Report on sanitation, dispensaries, and jails in Rajputana for 1918, and on vaccination for the year 1918-1919 - 1918-1919
Year: 1918
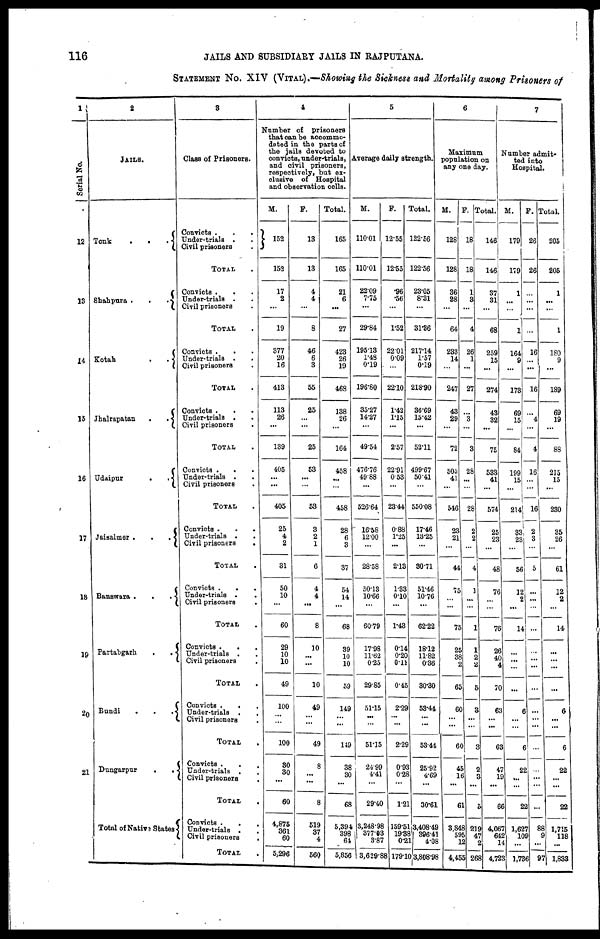
116
JAILS AND SUBSIDIARY JAILS IN RAJPUTANA.
STATEMENT No. XIV (VITAL).—Showing the Sickness and Mortality among Prisoners of
1
Serial No.
12
13
14
15
16
17
18
19
20
21
2
JAILS.
Tonk
.
.
.
Shahpura .
.
.
Kotah
.
.
Jhalrapatan
.
.
Udaipur
.
.
Jaisalmer .
.
.
Banswara .
.
.
Partabgarh
.
. .
Bundi
.
.
.
Dungarpur
.
.
Total of Native States
3
Class of Prisoners.
Convicts .
.
.
Under-trials . .
Civil prisoners .
TOTAL .
Convicts . . .
Under-trials . .
Ciyil prisoners .
TOTAL .
Convicts .
. .
Under-trials .
.
Civil prisoners .
TOTAL .
Convicts .
. .
Under-trials . .
Civil prisoners .
TOTAL .
Convicts . . .
Under-trials . .
Civil prisoners .
TOTAL .
Convicts . . .
Under-trials .
.
Civil prisoners
.
TOTAL .
Convicts .
.
.
Under-trials . .
Civil prisoners
.
TOTAL .
Convicts .
.
.
Under-trials . .
Civil prisoners .
TOTAL .
Convicts .
. .
Under-trials .
.
Civil prisoners .
TOTAL .
Convicts .
. .
Under-trials . .
Civil prisoners
.
TOTAL .
Convicts .
.
.
Under-trials . .
Civil prisoners
.
TOTAL
.
4
Number of prisoners
that can be accommo-
dated in the parts of
the jails devoted to
convicts, under-trials,
and civil prisoners,
respectively, but ex-
clusive of Hospital
and observation cells.
M.
152
152
17
2
...
19
377
20
16
413
113
26
...
139
405
...
...
405
25
4
2
31
50
10
...
60
29
10
10
49
100
... ...
100
30
30
...
60
4,875
361
60
5,296
F.
13
13
4
4
...
8
46
6
3
55
25
...
...
25
53
...
...
53
3
2
1
6
4
4
...
8
10
...
...
10
49
... ...
49
8
...
...
8
519
37
4
560
Total.
165
165
21
6
...
27
423
26
19
468
138
26
...
164
458
...
...
458
28
6
3
37
54
14
...
68
39
10
10
59
149
...
...
149
38
30
...
68
5,394
398
64
5,856
5
Average daily strength.
M.
110.01
110.01
22.09
7.75
...
29.84
195.13
1.48
0.19
196.80
35.27
14.27
...
49.54
476.76
49.88
...
526.64
16.58
12.00
...
28.58
50.13
10.66
...
60.79
17.98
11.62
0.25
29.85
51.15
...
...
51.15
24.99
4.41
...
29.40
3,248.98
377.03
3.87
3,629.88
F.
12.55
12.55
.96
.56
...
1.52
22.01
0.09
...
22.10
1.42
1.15
...
2.57
22.91
0.53
...
23.44
0.88
1.25
...
2.13
1.33
0.10
...
1.43
0.14
0.20
0.11
0.45
2.29
... ...
2.29
0.93
0.28
...
1.21
159.51
19.38
0.21
179.10
Total.
122.56
122.56
23.05
8.31
...
31.36
217.14
1.57
0.19
218.90
36.69
15.42
...
52.11
499.67
50.41
...
550.08
17.46
13.25
...
30.71
51.46
10.76
...
62.22
18.12
11.82
0.36
30.30
53.41
... ...
53.44
25.92
4.69
...
30.61
3,408.49
396.41
4.08
3,808.98
6
Maximum
population on
any one day.
M.
128
128
36
28
...
64
233
14
...
247
43
29
...
72
505
41
...
546
23
21
...
44
75
...
...
75
25
38
2
65
60
... ...
60
45
16
...
61
3,848
595
12
4,455
F.
18
18
1
3
...
4
26
1
...
27
...
3
...
3
28
...
...
28
2
2
...
4
1
...
...
1
1
2
2
5
3
...
...
3
2
3
...
5
219
47
2
268
Tota1.
146
146
37
31
...
68
259
15
...
274
43
32
...
75
533
41
...
574
25
23
...
48
76
...
...
76
26
40
4
70
63
...
...
63
47
19
...
66
4,067
642
14
4,723
7
Number admit¬
ted into
Hospital.
M.
179
179
1
...
1
164
9
...
173
69
15
...
84
199
15
...
214
33
23
...
56
12
2
...
14
...
...
...
...
6
...
...
6
22
...
...
22
1,627
109
...
1,736
F.
26
26
...
...
...
...
16
...
...
16
...
4
...
4
16
...
...
16
2
3
...
5
...
...
. . .
...
...
...
...
...
...
...
...
...
...
...
...
...
88
9
...
97
Total.
205
205
1
...
...
1
180
9
...
189
69
19
...
88
215
15
...
230
35
26
...
61
12
2
...
14
...
...
...
...
6
...
...
6
22
...
...
22
1,715
118
...
1,833